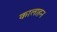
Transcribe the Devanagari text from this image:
कालाहन